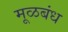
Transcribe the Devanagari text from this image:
मूळबंध